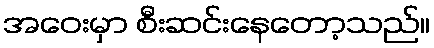
အဝေးမှာ စီးဆင်းနေတော့သည်။